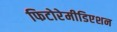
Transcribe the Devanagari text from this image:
फिटोरेमीडिएशन